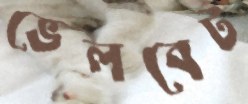
ভেলবেট